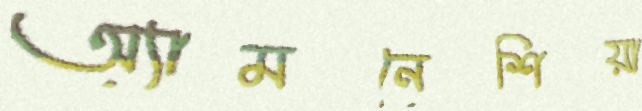
অ্যামনেশিয়া